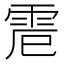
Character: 𩂒